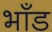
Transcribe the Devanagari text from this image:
भाँड